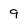
Character: 9